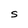
Character: S